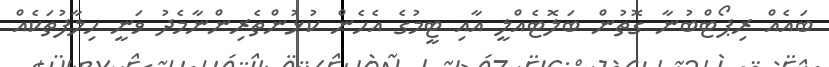
ބައެއް ރިޕޯޓްބުނާ ގޮތުން ބަލޮޓެއްލީ އާއި ޓީމުގެ އެހެން ކުޅުންތެރިންނާމެދު ވަނީ ހިލާފުތަކެއް